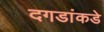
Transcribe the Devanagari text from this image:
दगडांकडे